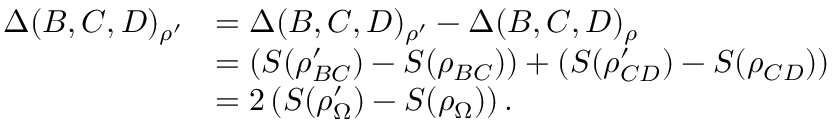
\begin{array} { r l } { \Delta ( B , C , D ) _ { \rho ^ { \prime } } } & { = \Delta ( B , C , D ) _ { \rho ^ { \prime } } - \Delta ( B , C , D ) _ { \rho } } \\ & { = \left( S ( \rho _ { B C } ^ { \prime } ) - S ( \rho _ { B C } ) \right) + \left( S ( \rho _ { C D } ^ { \prime } ) - S ( \rho _ { C D } ) \right) } \\ & { = 2 \left( S ( \rho _ { \Omega } ^ { \prime } ) - S ( \rho _ { \Omega } ) \right) . } \end{array}